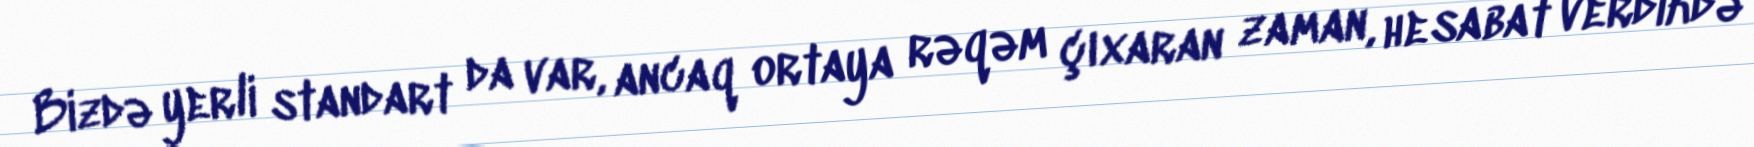
Bizdə yerli standart da var, ancaq ortaya rəqəm çıxaran zaman, hesabat verdikdə